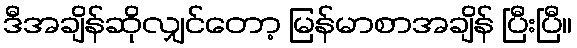
ဒီအချိန်ဆိုလျှင်တော့ မြန်မာစာအချိန် ပြီးပြီ။